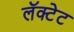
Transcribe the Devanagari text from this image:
लॅक्टेट